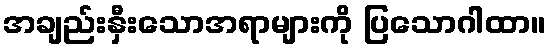
အချည်းနှီးသောအရာများကို ပြသောဂါထာ။